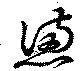
懣